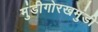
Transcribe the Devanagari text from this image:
मुंडीगोरखमुंडी